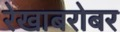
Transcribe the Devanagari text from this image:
रेखाबरोबर